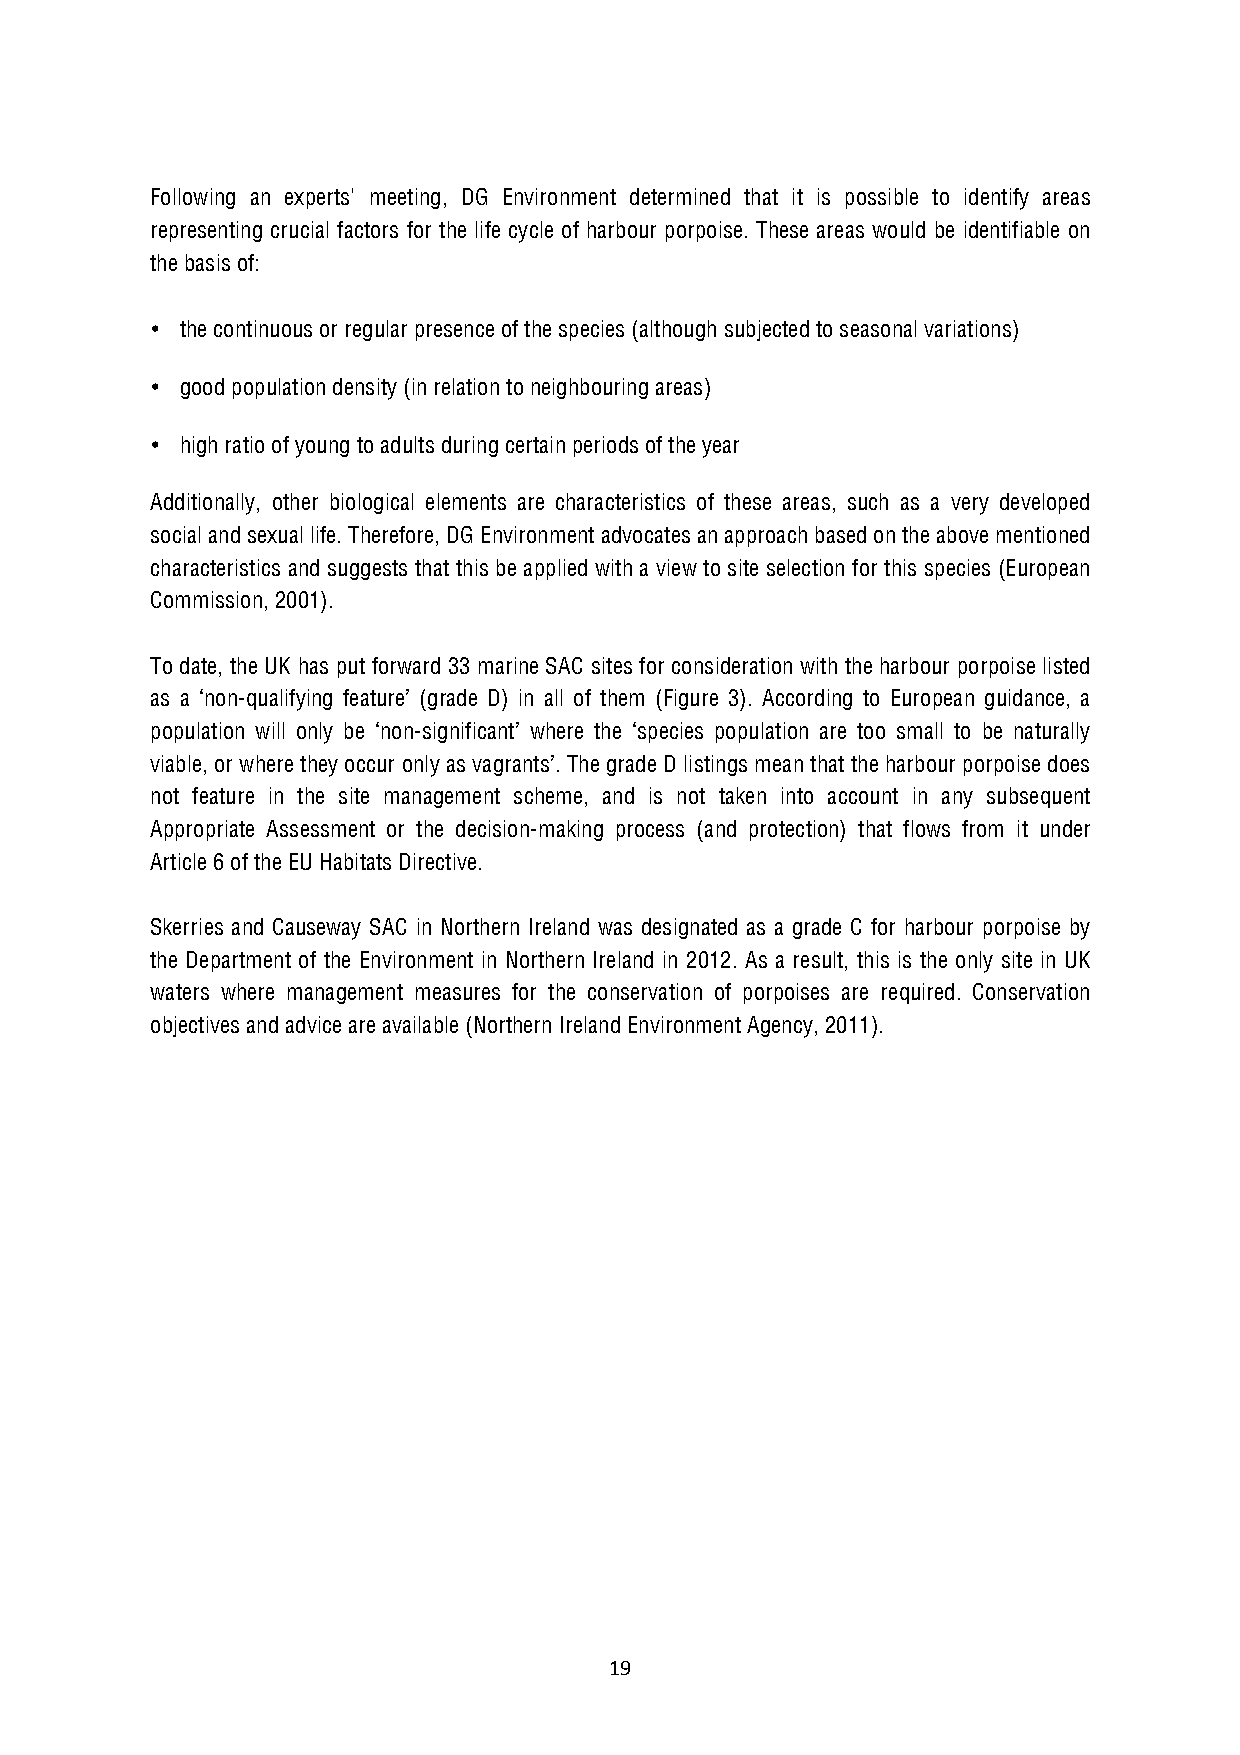
Following an experts' meeting, DG Environment determined that it is possible to identify areas
 representing crucial factors for the life cycle of harbour porpoise. These areas would be identifiable on
 the basis of:
 • the continuous or regular presence of the species (although subjected to seasonal variations)
 • good population density (in relation to neighbouring areas)
 • high ratio of young to adults during certain periods of the year
 Additionally, other biological elements are characteristics of these areas, such as a very developed
 social and sexual life. Therefore, DG Environment advocates an approach based on the above mentioned
 characteristics and suggests that this be applied with a view to site selection for this species (European
 Commission, 2001).
 To date, the UK has put forward 33 marine SAC sites for consideration with the harbour porpoise listed
 as a ‘non-qualifying feature’ (grade D) in all of them (Figure 3). According to European guidance, a
 population will only be ‘non-significant’ where the ‘species population are too small to be naturally
 viable, or where they occur only as vagrants’. The grade D listings mean that the harbour porpoise does
 not feature in the site management scheme, and is not taken into account in any subsequent
 Appropriate Assessment or the decision-making process (and protection) that flows from it under
 Article 6 of the EU Habitats Directive.
 Skerries and Causeway SAC in Northern Ireland was designated as a grade C for harbour porpoise by
 the Department of the Environment in Northern Ireland in 2012. As a result, this is the only site in UK
 waters where management measures for the conservation of porpoises are required. Conservation
 objectives and advice are available (Northern Ireland Environment Agency, 2011).
 19